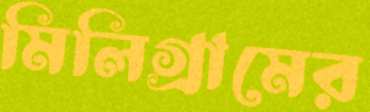
মিলিগ্রামের